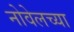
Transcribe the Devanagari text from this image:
नोवेलच्या